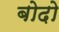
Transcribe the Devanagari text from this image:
बोदो